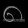
Digit: ၈